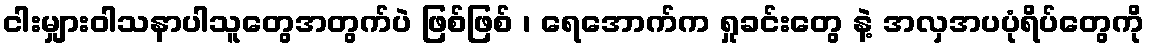
ငါးမျှားဝါသနာပါသူတွေအတွက်ပဲ ဖြစ်ဖြစ် ၊ ရေအောက်က ရှုခင်းတွေ နဲ့ အလှအပပုံရိပ်တွေကို